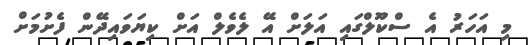
މި އަހަރު އެ ސްކޫލްގައި އަލަށް އޭ ލެވެލް އަށް ކިޔަވައިދޭން ފެށުމަށް